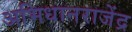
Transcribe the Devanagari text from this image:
अभिधानराजेंद्र